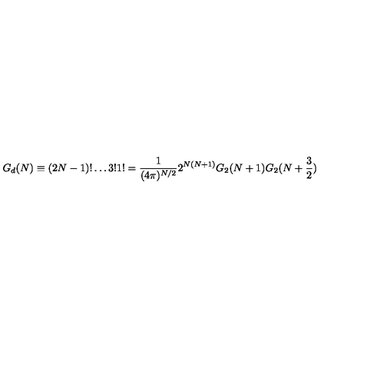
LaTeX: G _ { d } ( N ) \equiv ( 2 N - 1 ) ! \ldots 3 ! 1 ! = { \frac { 1 } { ( 4 \pi ) ^ { N / 2 } } } 2 ^ { N ( N + 1 ) } G _ { 2 } ( N + 1 ) G _ { 2 } ( N + { \frac { 3 } { 2 } } )